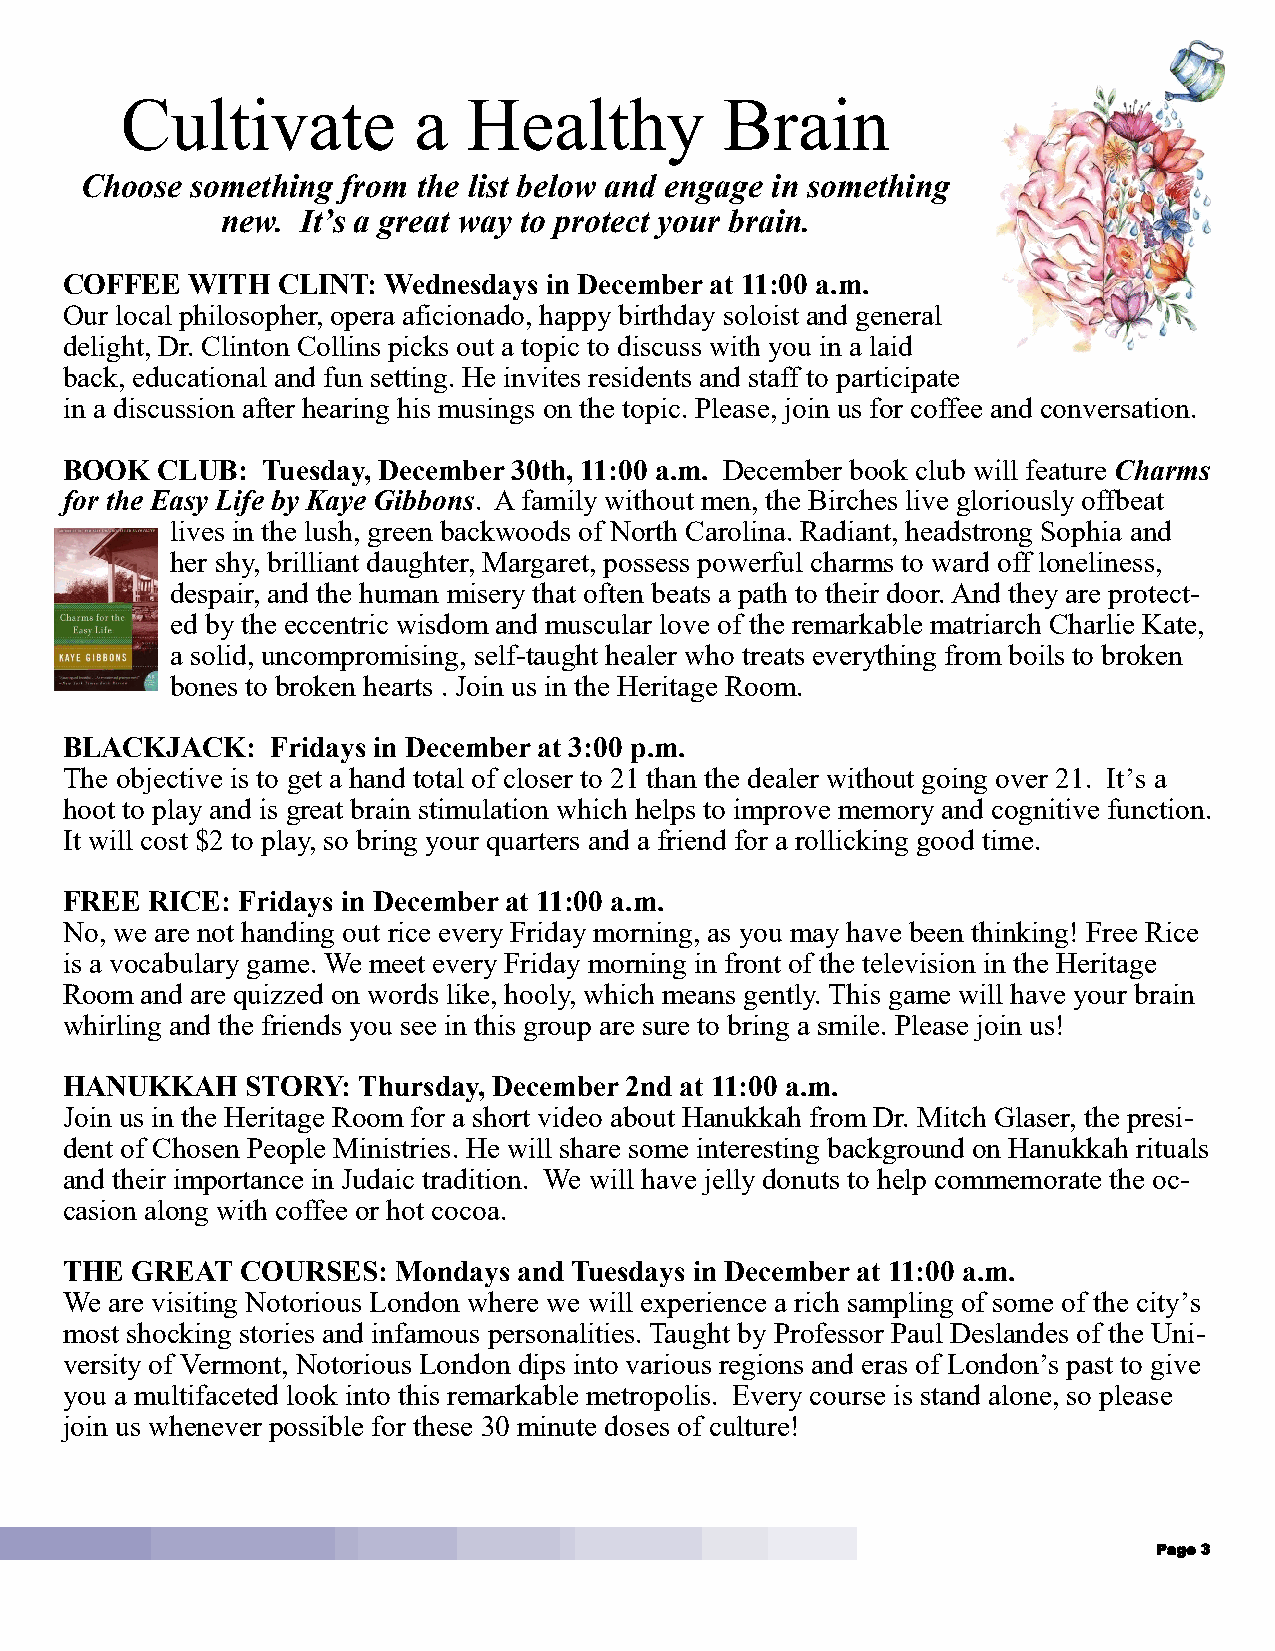
Cultivate          a   Healthy          Brain
 Choose  something from the list below and engage in something
 new. It’s a great way to protect your brain.
 COFFEE  WITH  CLINT: Wednesdays in December at 11:00 a.m.
 Our local philosopher, opera aficionado, happy birthday soloist and general
 delight, Dr. Clinton Collins picks out a topic to discuss with you in a laid
 back, educational and fun setting. He invites residents and staff to participate
 in a discussion after hearing his musings on the topic. Please, join us for coffee and conversation.
 BOOK  CLUB:  Tuesday, December 30th, 11:00 a.m. December book club will feature Charms
 for the Easy Life by Kaye Gibbons. A family without men, the Birches live gloriously offbeat
 lives in the lush, green backwoods of North Carolina. Radiant, headstrong Sophia and
 her shy, brilliant daughter, Margaret, possess powerful charms to ward off loneliness,
 despair, and the human misery that often beats a path to their door. And they are protect-
 ed by the eccentric wisdom and muscular love of the remarkable matriarch Charlie Kate,
 a solid, uncompromising, self-taught healer who treats everything from boils to broken
 bones to broken hearts . Join us in the Heritage Room.
 BLACKJACK:    Fridays in December at 3:00 p.m.
 The objective is to get a hand total of closer to 21 than the dealer without going over 21. It’s a
 hoot to play and is great brain stimulation which helps to improve memory and cognitive function.
 It will cost $2 to play, so bring your quarters and a friend for a rollicking good time.
 FREE  RICE: Fridays in December at 11:00 a.m.
 No, we are not handing out rice every Friday morning, as you may have been thinking! Free Rice
 is a vocabulary game. We meet every Friday morning in front of the television in the Heritage
 Room and are quizzed on words like, hooly, which means gently. This game will have your brain
 whirling and the friends you see in this group are sure to bring a smile. Please join us!
 HANUKKAH    STORY:  Thursday, December 2nd at 11:00 a.m.
 Join us in the Heritage Room for a short video about Hanukkah from Dr. Mitch Glaser, the presi-
 dent of Chosen People Ministries. He will share some interesting background on Hanukkah rituals
 and their importance in Judaic tradition. We will have jelly donuts to help commemorate the oc-
 casion along with coffee or hot cocoa.
 THE  GREAT  COURSES:  Mondays and Tuesdays in December at 11:00 a.m.
 We are visiting Notorious London where we will experience a rich sampling of some of the city’s
 most shocking stories and infamous personalities. Taught by Professor Paul Deslandes of the Uni-
 versity of Vermont, Notorious London dips into various regions and eras of London’s past to give
 you a multifaceted look into this remarkable metropolis. Every course is stand alone, so please
 join us whenever possible for these 30 minute doses of culture!
 Page 3